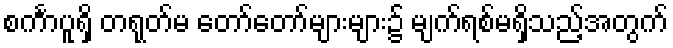
စင်္ကာပူရှိ တရုတ်မ တော်တော်များများ၌ မျက်ရစ်မရှိသည့်အတွက်